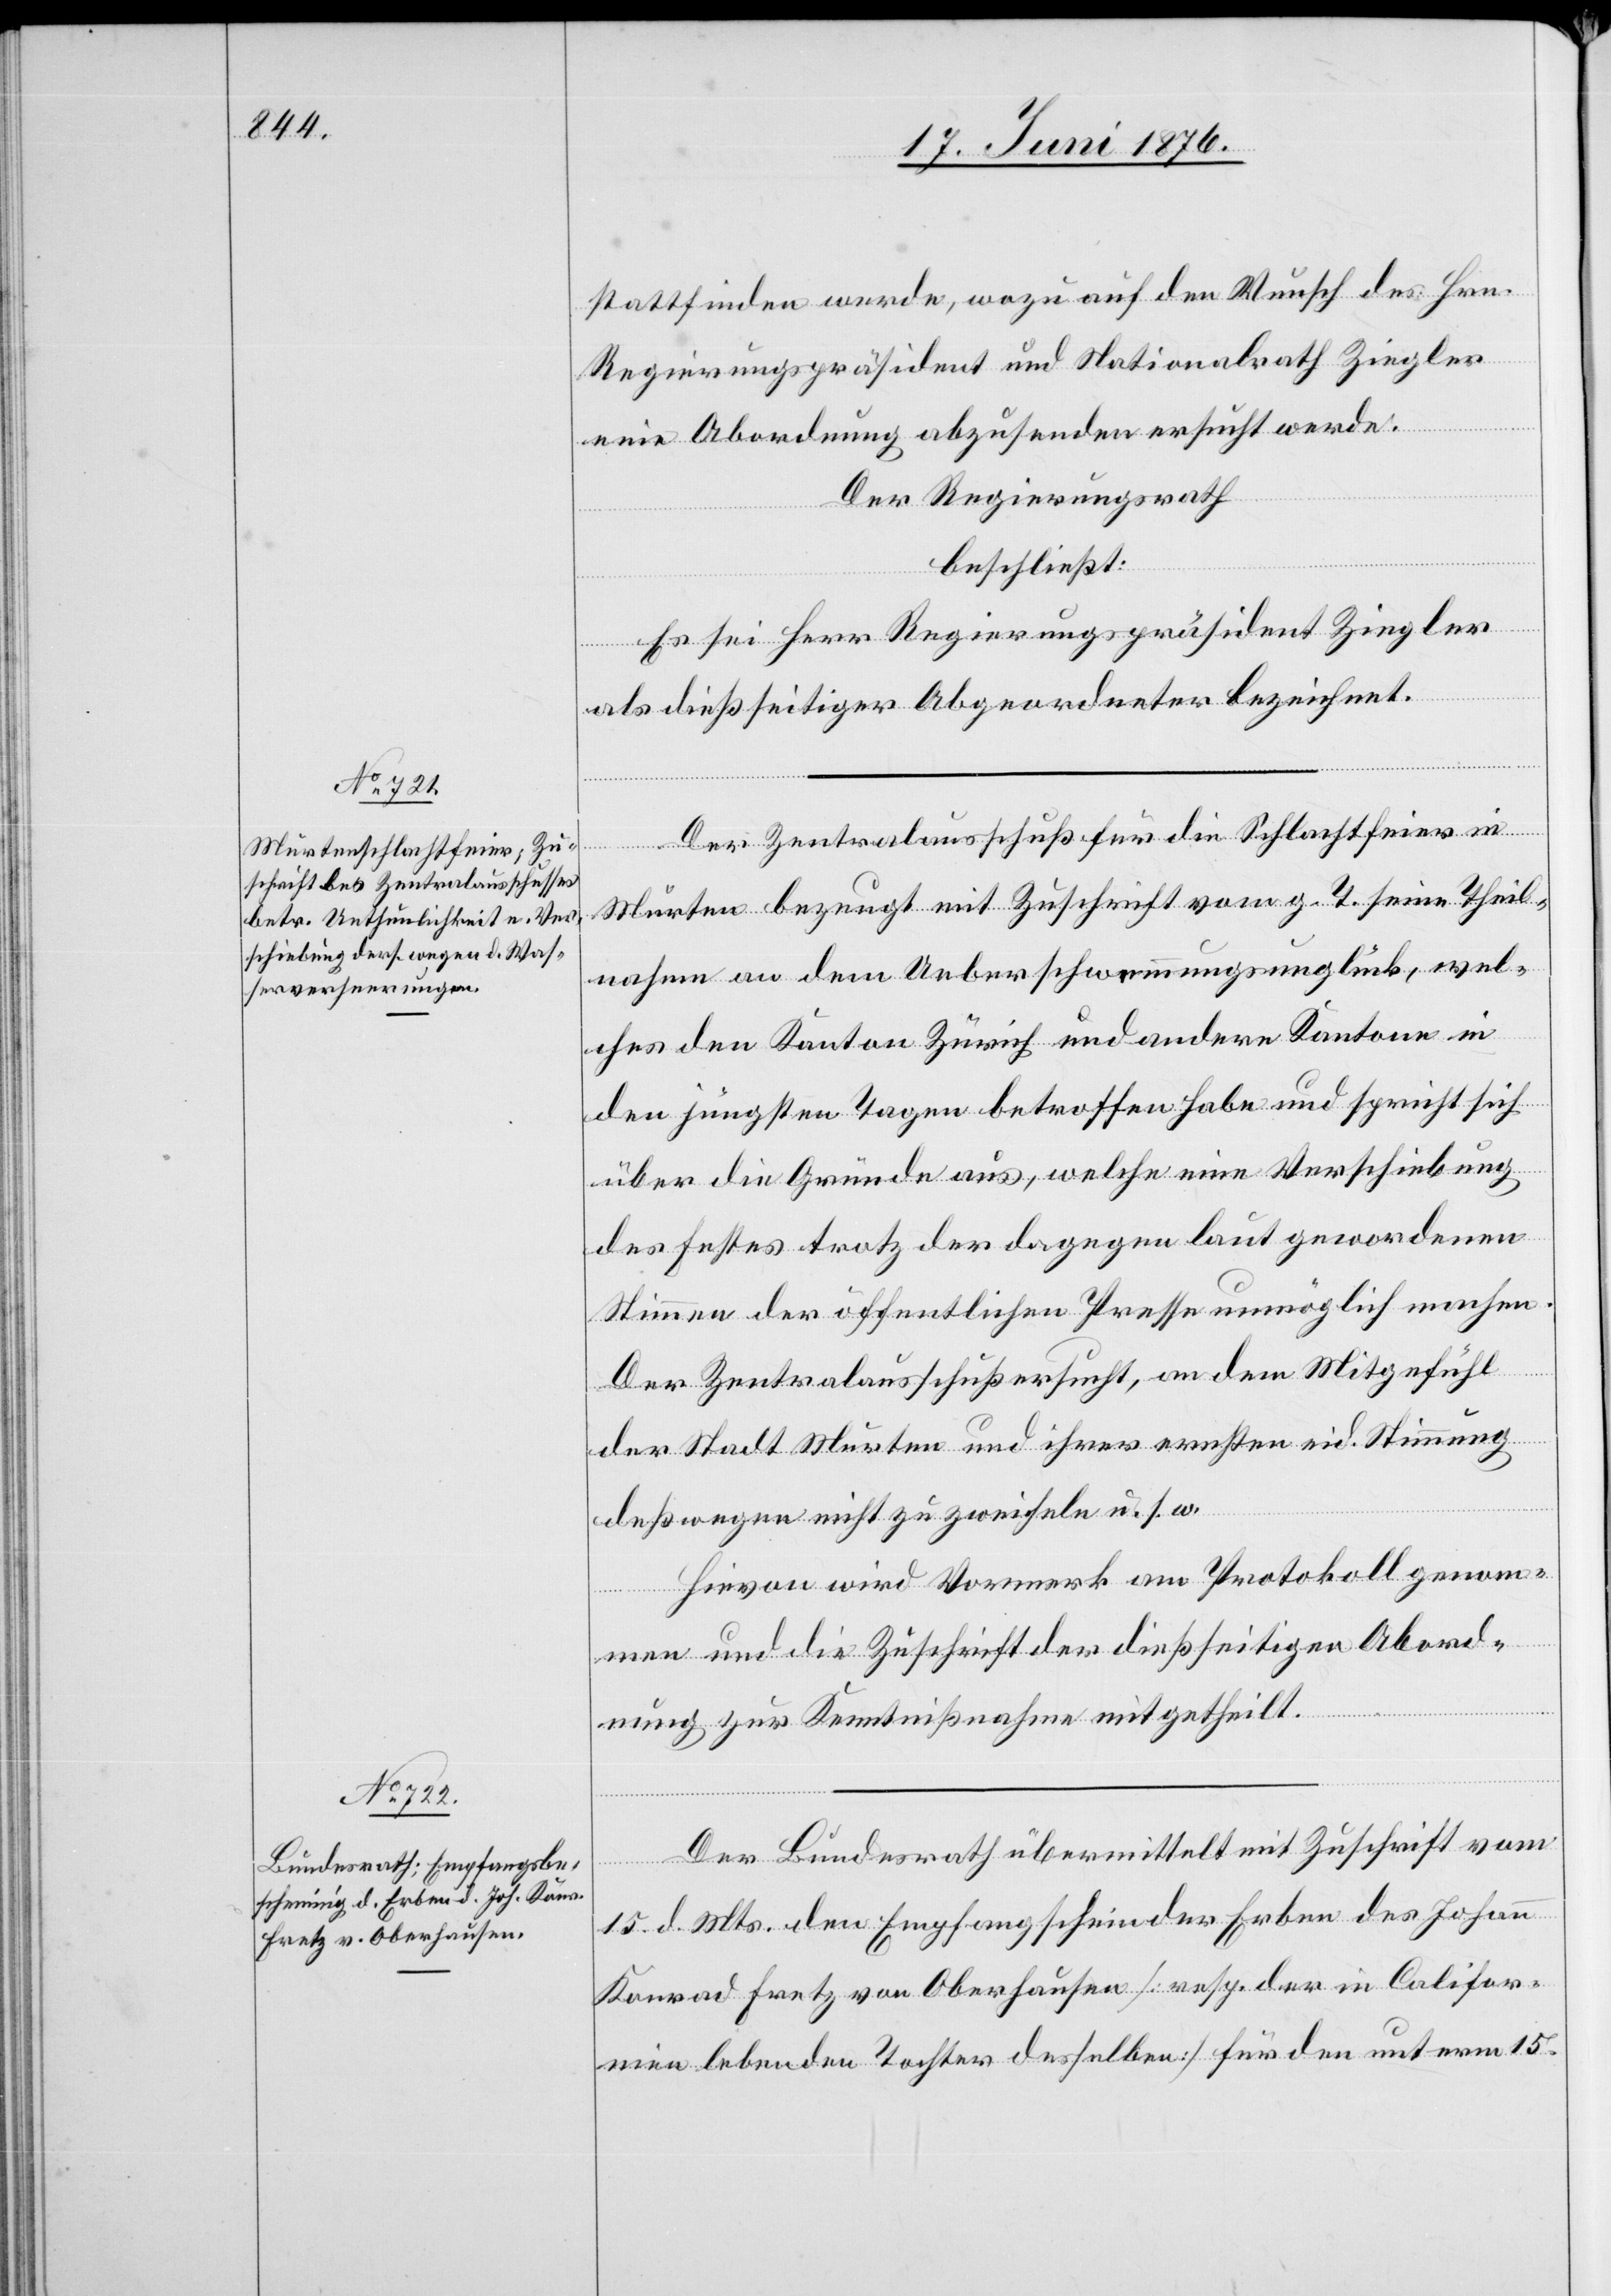
19. Juni 1876.]
stattfinden werde, wozu auf den Wunsch des Hrn.
Regierungspräsident und Nationalrath Ziegler
eine Abordnung abzusenden ersucht werde.
Der Regierungsrath
beschließt:
Es sei Herr Regierungspräsident Ziegler
als dießseitiger Abgeordneter bezeichnet.
Der Zentralausschuß für die Schlachtfeier in
Murten bezeugt mit Zuschrift vom g. T. seine Theil¬
nahme an dem Ueberschwemmungsunglück, wel¬
ches den Kanton Zürich und andere Kantone in
den jüngsten Tagen betroffen habe und spricht sich
über die Gründe aus, welche eine Verschiebung
des Festes trotz der dagegen laut gewordenen
Stimmen der öffentlichen Presse unmöglich machen.
Der Zentralausschuß ersucht, an dem Mitgefühl
der Stadt Murten und ihrer ernsten eid. Stimmung
deßwegen nicht zu zweifeln u. s. w.
Hievon wird Vormerk am Protokoll genom¬
men und die Zuschrift der dießseitigen Abord¬
nung zur Kenntnißnahme mitgetheilt.
Der Bundesrath übermittelt mit Zuschrift vom
15. d. Mts. den Empfangsschein der Erben des Johann
Konrad Fretz von Oberhausen [resp. der in Califor¬
nien lebenden Tochter desselben] für den unterm 15.